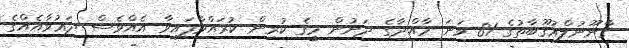
ޤާނޫނުލްޢުޤޫބާތުގެ 81 ވަނަ މާއްދާގެ ދަށުން މީގެ ކުރިން ކުރައްވާފައިވާ އެއްވެސް ދަޢުވާއެއްގެ